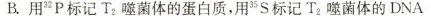
B. 用 32\mathrm{P} 标记 T_{2} 噬菌体的蛋白质，用 35 \mathrm{S} 标记 T_{2} 噬菌体的DNA